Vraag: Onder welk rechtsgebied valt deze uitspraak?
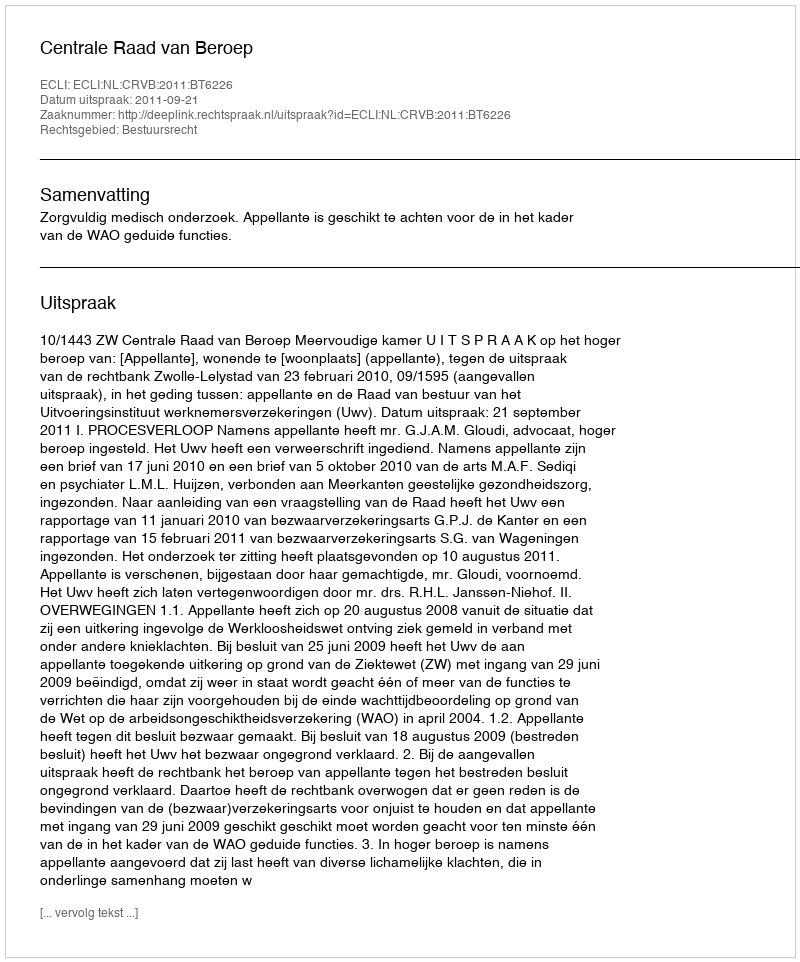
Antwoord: Bestuursrecht